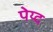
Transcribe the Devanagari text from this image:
पेय्द